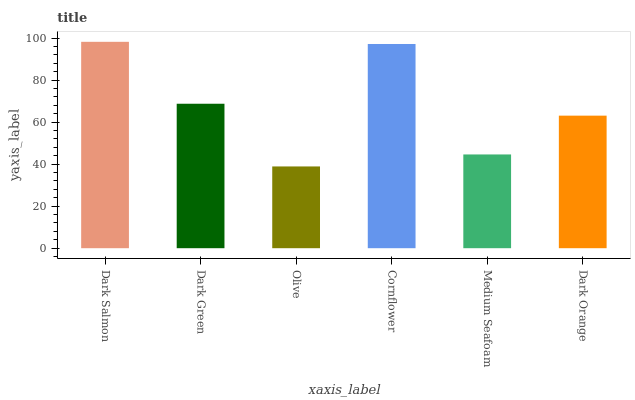
| xaxis_label | bars |
 | --- | --- |
 | Dark Salmon | 98.3 |
 | Dark Green | 68.8 |
 | Olive | 38.9 |
 | Cornflower | 97.2 |
 | Medium Seafoam | 44.6 |
 | Dark Orange | 63.1 |